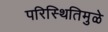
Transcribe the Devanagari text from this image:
परिस्थितिमुळे